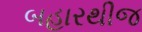
બહારથીજ